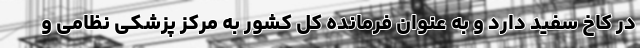
در کاخ سفید دارد و به عنوان فرمانده کل کشور به مرکز پزشکی نظامی و